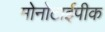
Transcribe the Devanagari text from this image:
मोनोटाईपीक